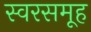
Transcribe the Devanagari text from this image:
स्वरसमूह